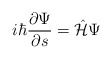
\begin{align*}i\hbar\frac{\partial \Psi}{\partial s} = \hat{\cal H}\Psi\end{align*}